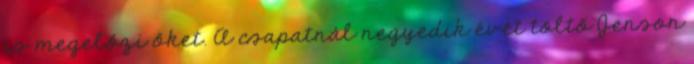
is megelőzi őket. A csapatnál negyedik évét töltő Jenson